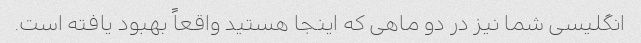
انگلیسی شما نیز در دو ماهی که اینجا هستید واقعاً بهبود یافته است.